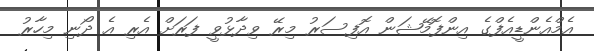
އެމްއެންޑީއެފްގެ އިންފޮމޭޝަން އޮފިސަރު މިރޭ ވިދާޅުވީ ފަރަށް އެރި އެ ދޯނި މިހާރު